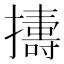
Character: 𢷬